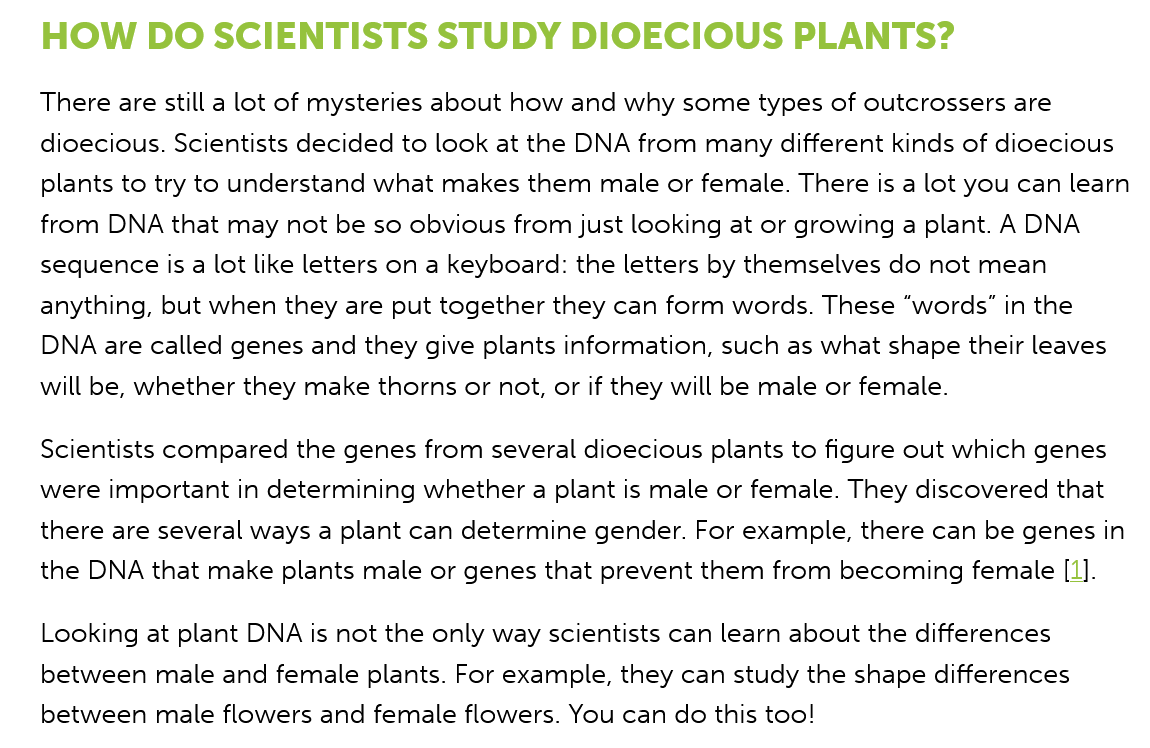
HOW    DO SCIENTISTS    STUDY    DIOECIOUS    PLANTS?
   There are still a lot of mysteries about how and why some types of outcrossers are
   dioecious. Scientists decided to look at the DNA from many different kinds of dioecious
   plants to try to understand what makes them male or female. There is a lot you can learn
   from DNA that may not be so obvious from just looking at or growing a plant. A DNA
   sequence is
   a
     lot like letters on a keyboard: the letters by themselves do not mean
   anything, but when they are put together they can form words. These “words” in the
   DNA are called genes and they give plants information, such as what shape their leaves
   will be, whether they make thorns or not, or if they will be male or female.
   Scientists compared the genes from several dioecious plants to figure out which genes
   were important in determining whether a plant is male or female. They discovered that
   there are several ways a plant can determine gender. For example, there can be genes in
   the DNA that make plants male or genes that prevent them from becoming female [1].
   Looking at plant DNA is not the only way scientists can learn about the differences
   between male and female plants. For example, they can study the shape differences
   between male flowers and female flowers. You can do this too!